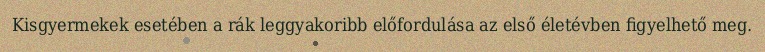
Kisgyermekek esetében a rák leggyakoribb előfordulása az első életévben figyelhető meg.